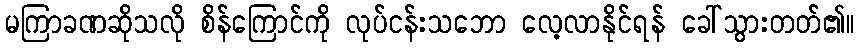
မကြာခဏဆိုသလို စိန်ကြောင်ကို လုပ်ငန်းသဘော လေ့လာနိုင်ရန် ခေါ်သွားတတ်၏။